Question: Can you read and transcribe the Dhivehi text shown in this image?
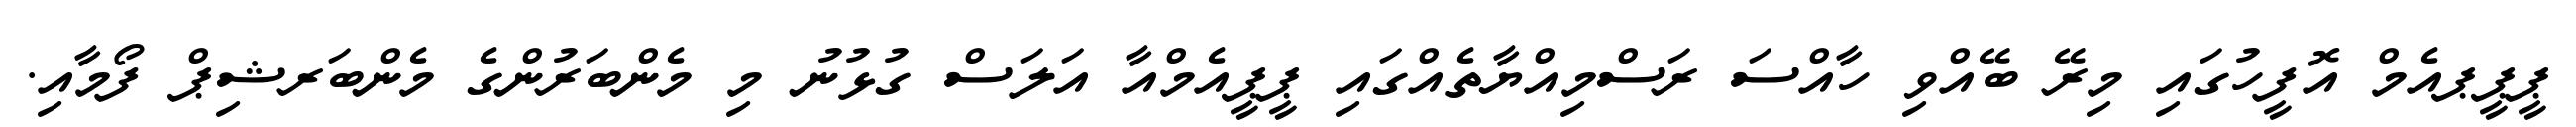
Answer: ޕީޕީޕއެމް އޮފީހުގައި މިރޭ ބޭއްވި ހާއްސަ ރަސްމިއްޔާތެއްގައި ޕީޕީއެމްއާ އަލަސް ގުޅުނު މި މެންބަރުންގެ މެންބަރޝިޕް ފޯމާއި.